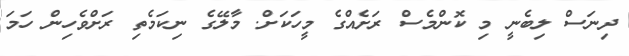
ދިނަސް ލިބެނީ މި ކޮންމެސް ރަށެއްގެ މީހަކަށް. މާލޭގެ ނިކަމެތި ރަށްވެހިން ހަމަ